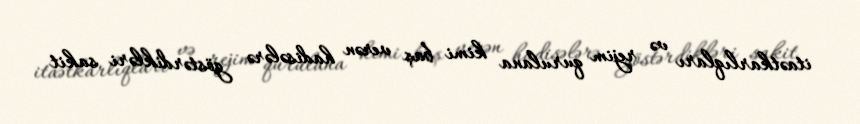
itaətkarlıqları və rejim qurulana kimi baş verən hadisələrə göstərdikləri sakit